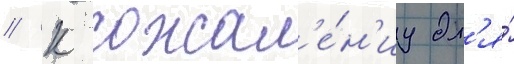
// К сожал'е́н'иу дл'я́